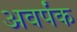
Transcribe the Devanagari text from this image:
अवर्पंक